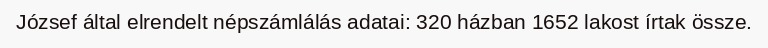
József által elrendelt népszámlálás adatai: 320 házban 1652 lakost írtak össze.